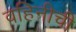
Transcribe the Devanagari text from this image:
वहिनीची